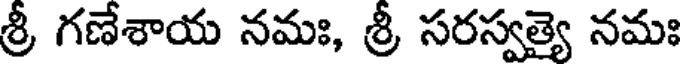
శ్రీ గణేశాయ నమః, శ్రీ సరస్వత్యై నమః